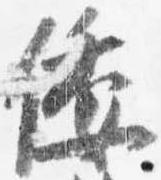
倭